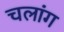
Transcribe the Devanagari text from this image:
चलांग